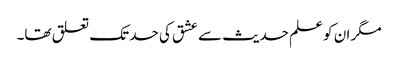
مگر ان کو علم حدیث سے عشق کی حد تک تعلق تھا۔